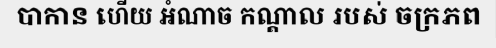
បាកាន ហើយ អំណាច កណ្តាល របស់ ចក្រភព